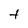
Character: t